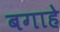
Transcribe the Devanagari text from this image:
बगाहे